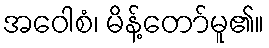
အဝေါစံ၊ မိန့်တော်မူ၏။